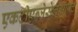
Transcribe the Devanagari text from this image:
एकटीएन्जेसेलसाफ्ट